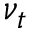
\nu _ { t }